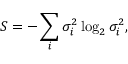
S = - \sum _ { i } \sigma _ { i } ^ { 2 } \log _ { 2 } \sigma _ { i } ^ { 2 } ,